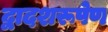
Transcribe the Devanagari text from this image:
द्वादशरूपेण